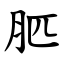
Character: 䏘